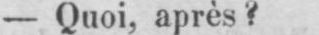
- Quoi, après?